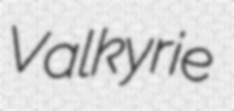
Valkyrie